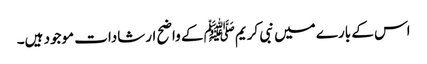
اس کے بارے میں نبی کریمﷺ کے واضح ارشادات موجود ہیں۔